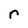
Character: r